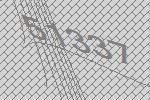
51337